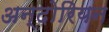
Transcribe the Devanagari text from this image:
अन्दोरियन